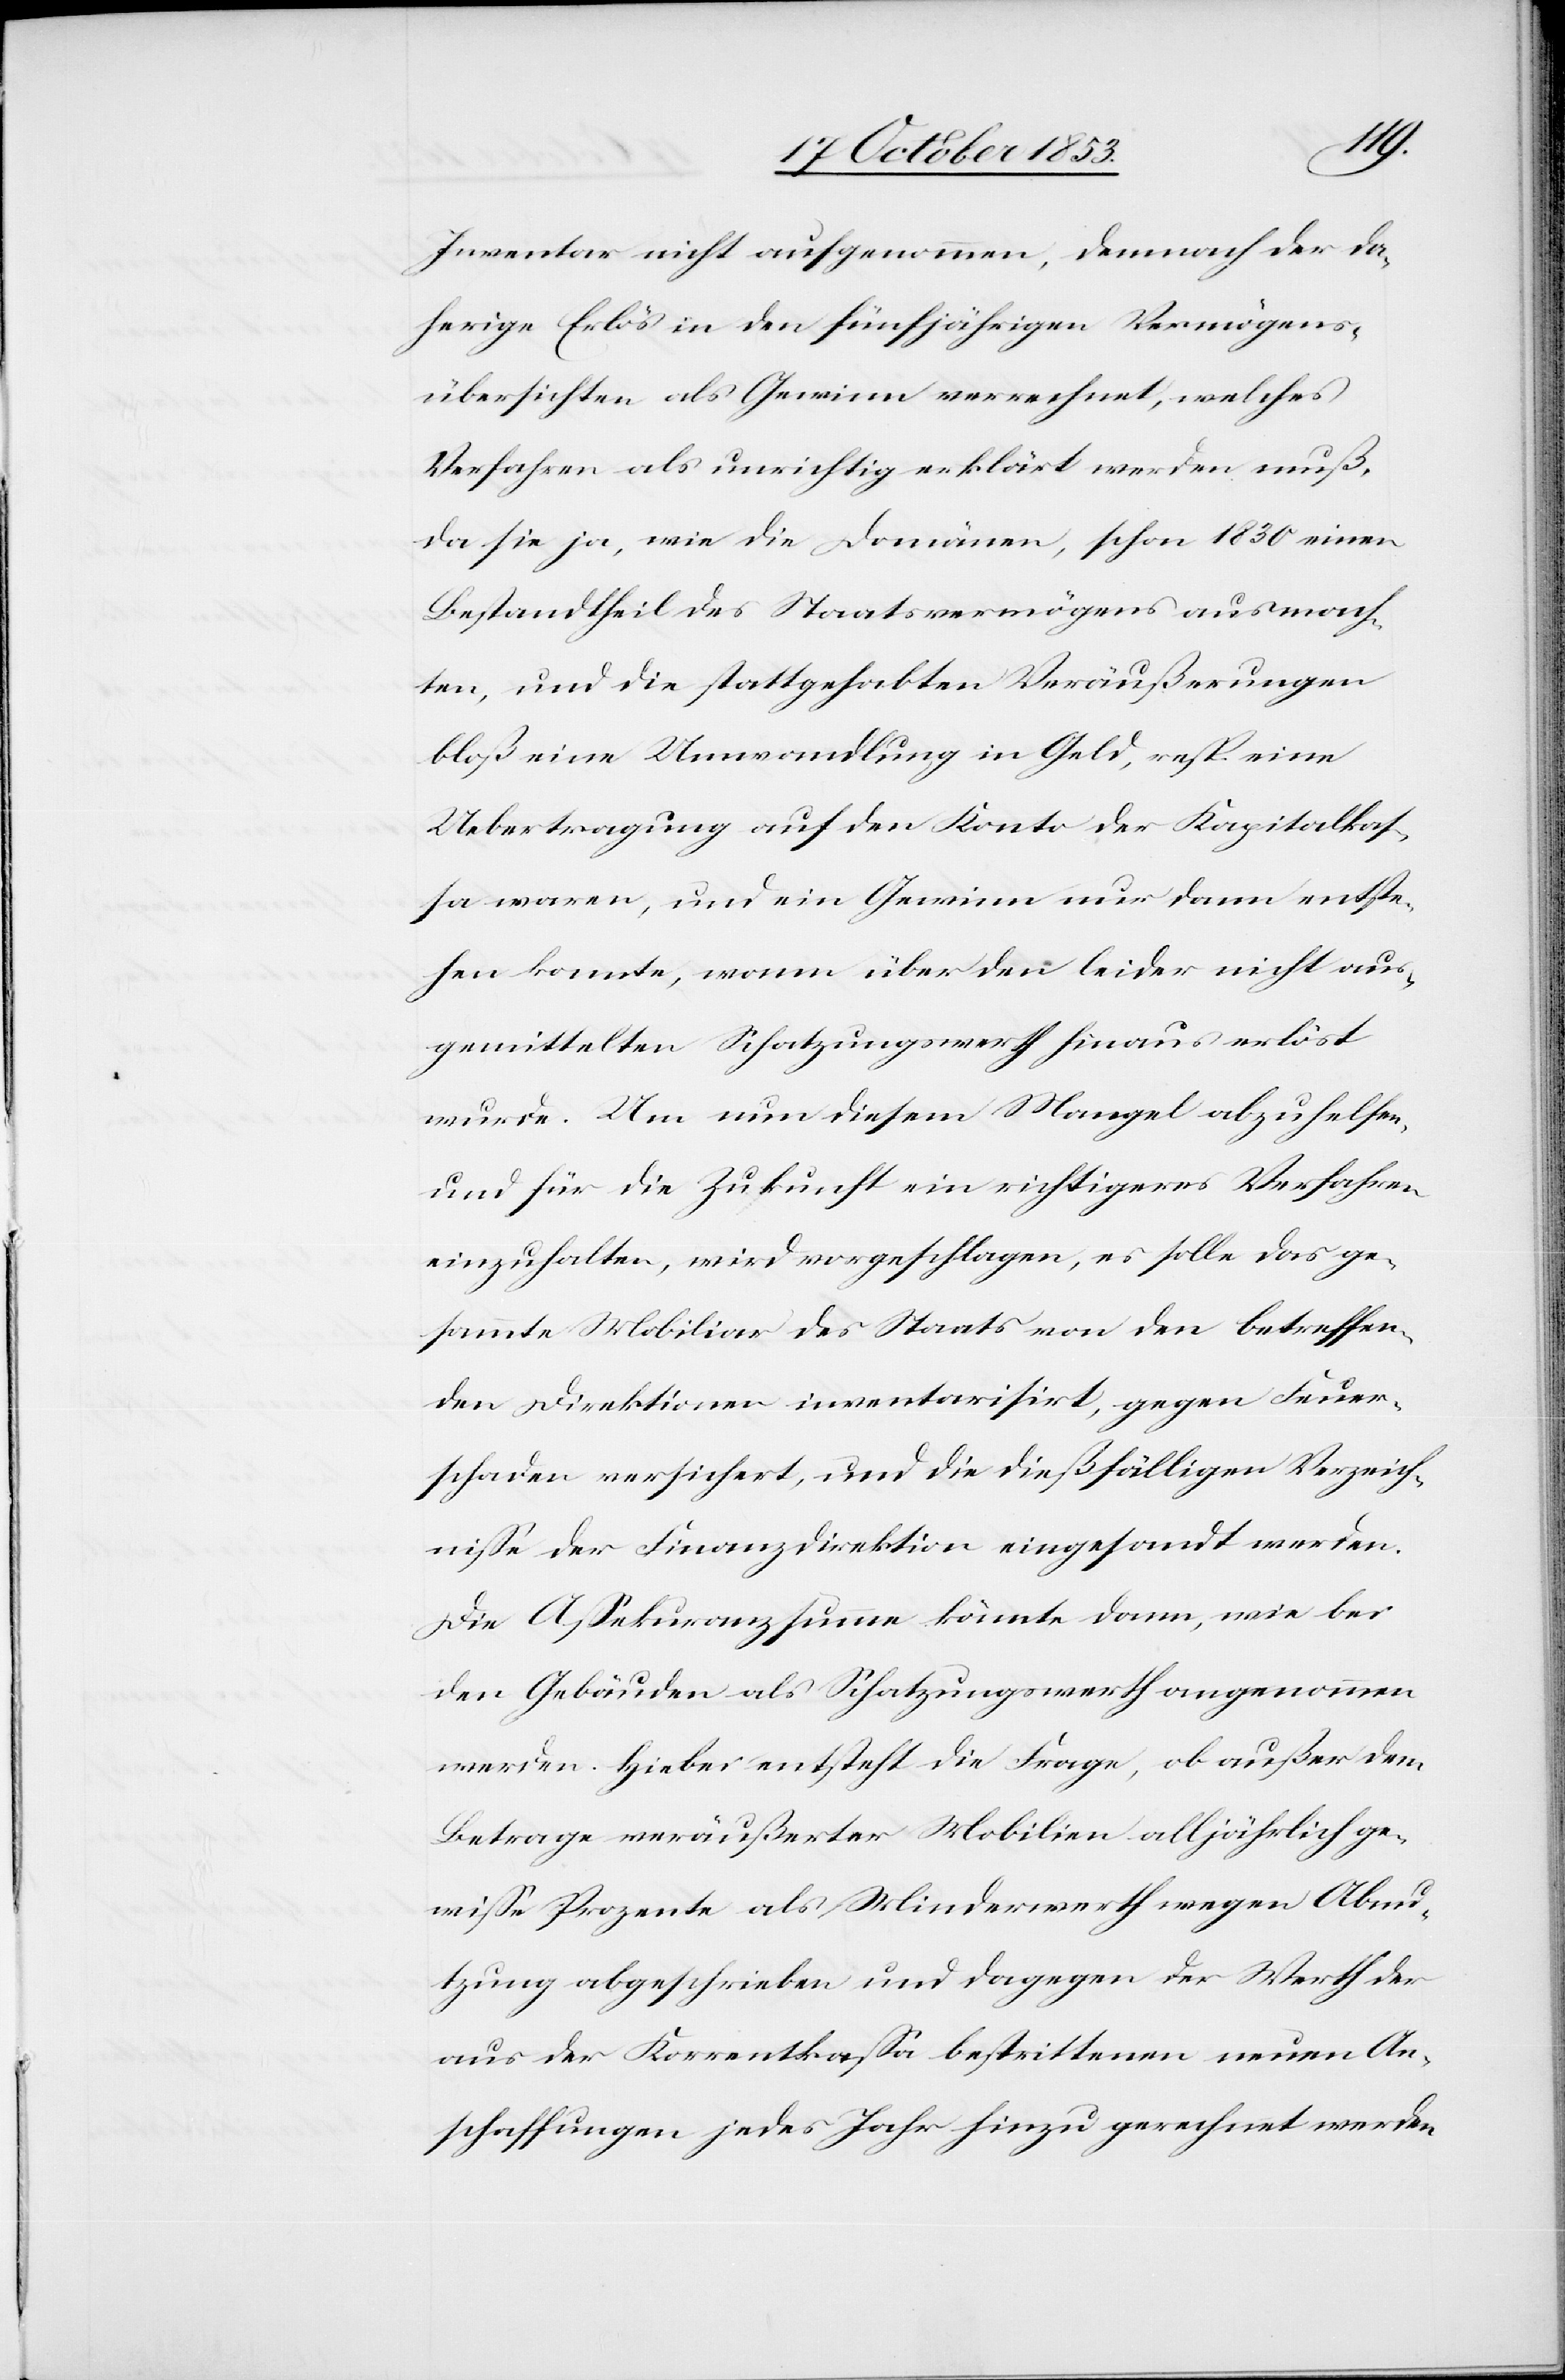
Inventar nicht aufgenommen, demnach der da¬
herige Erlös in den fünfjährigen Vermögens¬
übersichten als Gewinn verrechnet, welches
Verfahren als unrichtig erklärt werden muß,
da sie ja, wie die Domänen, schon 1830 einen
Bestandtheil des Staatsvermögens ausmach¬
ten, und die stattgehabten Veräußerungen
bloß eine Umwandlung in Geld, resp. eine
Uebertragung auf den Konto der Kapitalkas¬
sa waren, und ein Gewinn nur dann entspre¬
chen konnte, wann über den leider nicht aus¬
gemittelten Schatzungswerth hinaus erlöst
wurde. Um nun diesem Mangel abzuhelfen,
und für die Zukunft ein richtigeres Verfahren
einzuhalten, wird vorgeschlagen, es solle das ge¬
sammte Mobiliar des Staats von den betreffen¬
den Direktionen inventarisirt, gegen Feuer¬
schaden versichert, und die dießfälligen Verzeich¬
niße der Finanzdirektion eingesandt werden.
Die Aßekuranzsumme könnte dann, wie bei
den Gebäuden als Schatzungswerth angenommen
werden. Hiebei entsteht die Frage, ob außer dem
Betrage veräußerter Mobilien alljährlich ge¬
wiße Prozente als Minderwerth wegen Abnu¬
tzung abgeschrieben und dagegen der Werth der
aus der Korrentkaßa bestrittenen neuen An¬
schaffungen jedes Jahr hinzu gerechnet werden